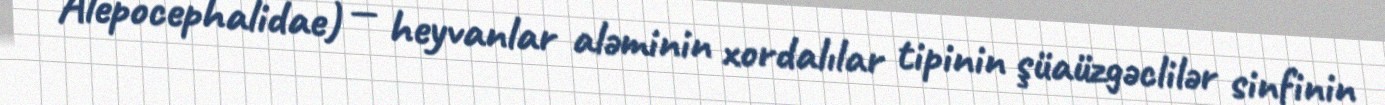
Alepocephalidae) — heyvanlar aləminin xordalılar tipinin şüaüzgəclilər sinfinin